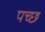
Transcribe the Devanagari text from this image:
पच्छ